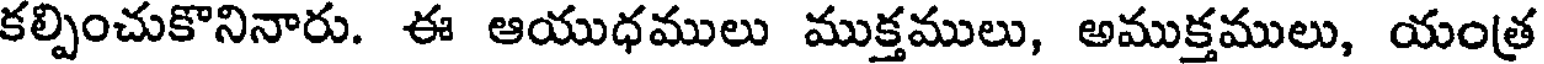
కల్పించుకొనినారు. ఈ ఆయుధములు ముక్తములు, అముక్తములు, యంత్ర